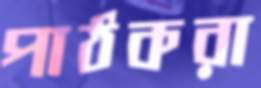
পাঠকরা